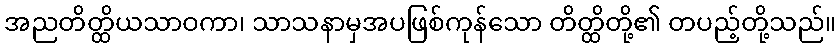
အညတိတ္ထိယသာဝကာ၊ သာသနာမှအပဖြစ်ကုန်သော တိတ္ထိတို့၏ တပည့်တို့သည်။